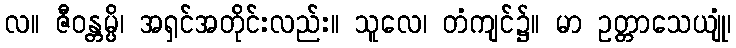
လ။ ဇီဝန္တမ္ပိ၊ အရှင်အတိုင်းလည်း။ သူလေ၊ တံကျင်၌။ မာ ဥတ္တာသေယျုံ၊